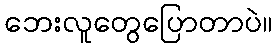
ဘေးလူတွေပြောတာပဲ။